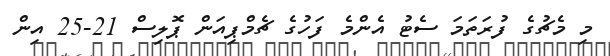
މި މެޗުގެ ފުރަަތަމަ ސެޓު އެންމެ ފަހުގެ ޗެމްޕިއަން ޕޮލިސް 21-25 އިން